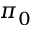
\pi _ { 0 }